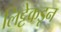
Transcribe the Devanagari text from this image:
लिट्टेकडून